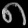
Digit: ၈